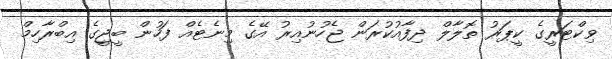
ވިކްޓަރީގެ ކީޕަރު ތޮލާލް ދިފާއުކުރަން ޖެހުނުއިރު އޭގެ މިނެޓެއް ފަހުން ބީޖީގެ އިބްރާހިމް